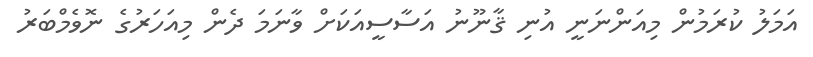
އަމަލު ކުރަމުން މިއަންނަނީ އުނި ޤާނޫނު އަސާސީއަކަށް ވާނަމަ ދެން މިއަހަރުގެ ނޮވެމްބަރު